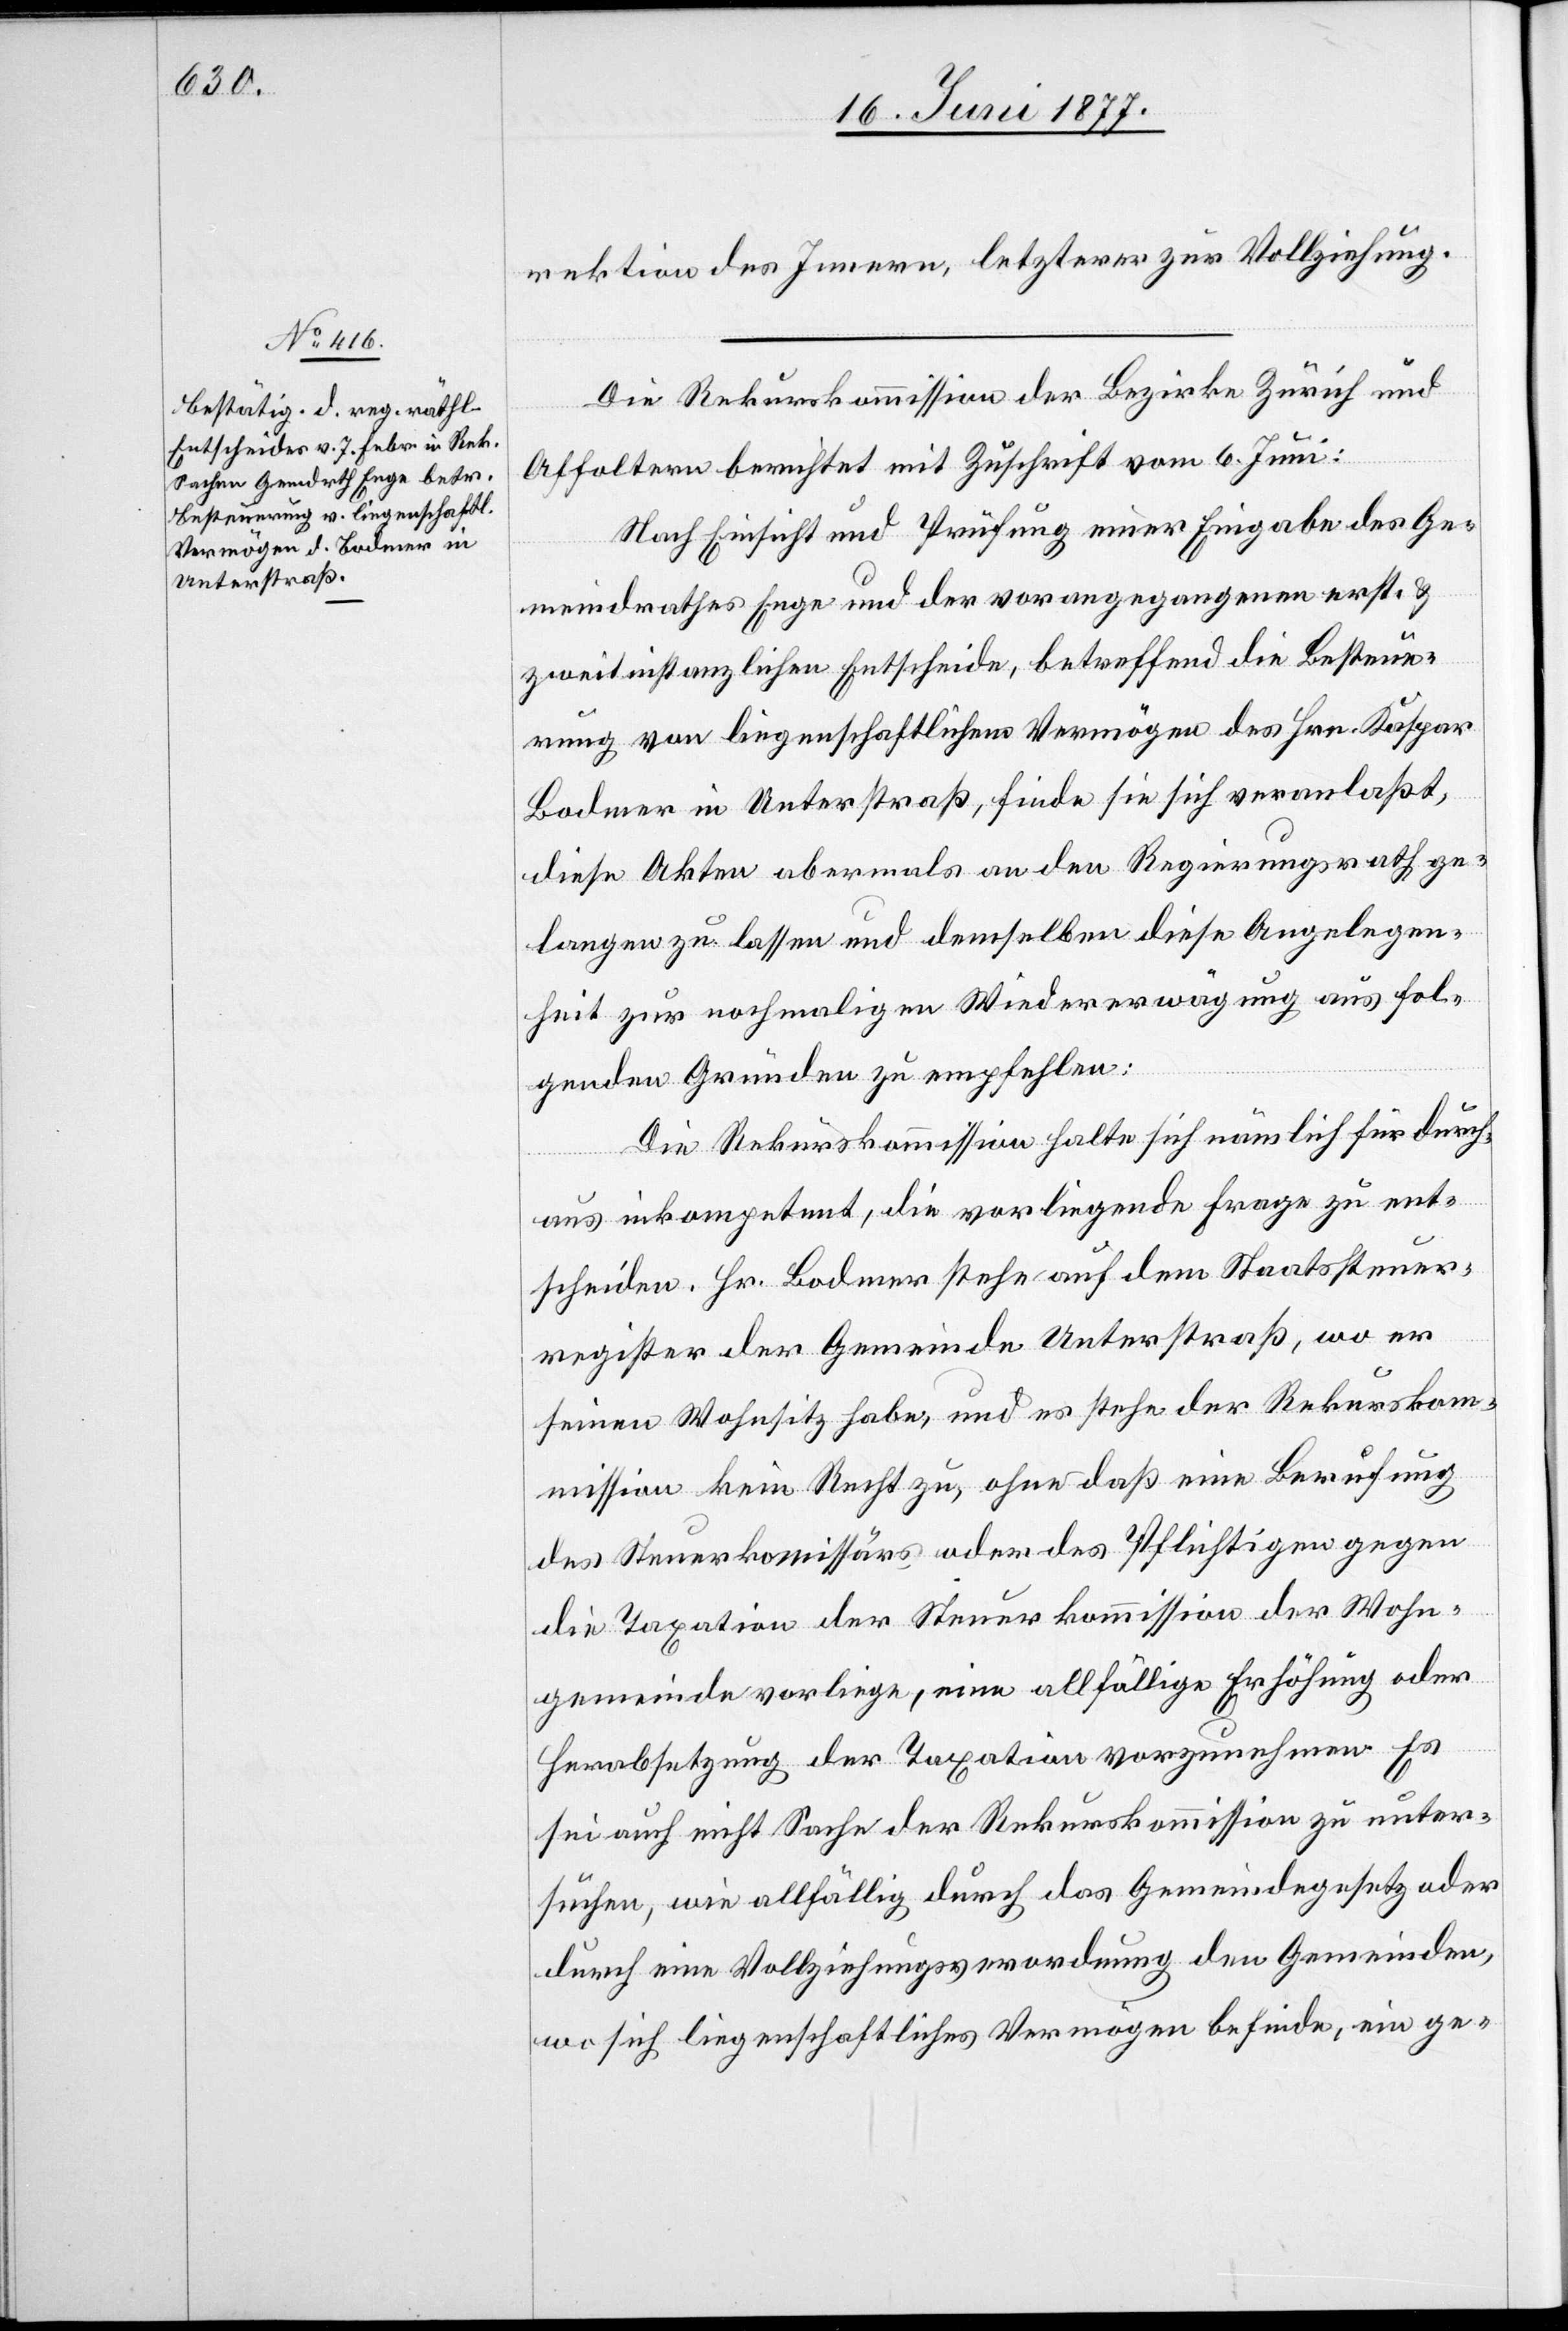
rektion des Innern, letzterer zur Vollziehung.
Die Rekurskommission der Bezirke Zürich und
Affoltern berichtet mit Zuschrift vom 6. Juni:
Nach Einsicht und Prüfung einer Eingabe des Ge¬
meindrathes Enge und der vorangegangenen erst- &
zweitinstanzlichen Entscheide, betreffend die Besteue¬
rung von liegenschaftlichen Vermögen des Hrn. Kaspar
Bodmer in Unterstraß, finde sie sich veranlaßt,
diese Akten abermals an den Regierungsrath ge¬
langen zu lassen und demselben diese Angelegen¬
heit zur nochmaligen Wiedererwägung aus fol¬
genden Gründen zu empfehlen:
Die Rekurskommission halte sich nämlich für durch¬
aus inkompetent, die vorliegende Frage zu ent¬
scheiden. Hr. Bodmer stehe auf dem Staatssteuer¬
register der Gemeinde Unterstraß, wo er
seinen Wohnsitz habe, und es stehe der Rekurskom¬
mission kein Recht zu, ohne daß eine Berufung
des Steuerkommissärs oder des Pflichtigen gegen
die Taxation der Steuerkommission der Wohn¬
gemeinde vorliege, eine allfällige Erhöhung oder
Herabsetzung der Taxation vorzunehmen. Es
sei auch nicht Sache der Rekurskommission zu unter¬
suchen, wie allfällig durch das Gemeindegesetz oder
durch eine Vollziehungsverordnung den Gemeinden,
wo sich liegenschaftliches Vermögen befinde, ein ge-